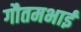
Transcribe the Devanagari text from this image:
गौतमभाई